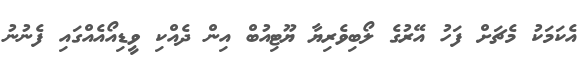
އެކަމަކު މެޗަށް ފަހު އޭރުގެ ލޯބިވެރިޔާ ޔޫޓިއުބް އިން ދެއްކި ވީޑިއޯއެއްގައި ފެނުނު